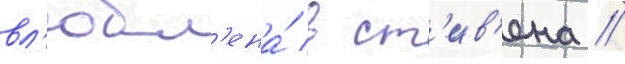
вл'юбл'ена́ в ст'ив'ена //